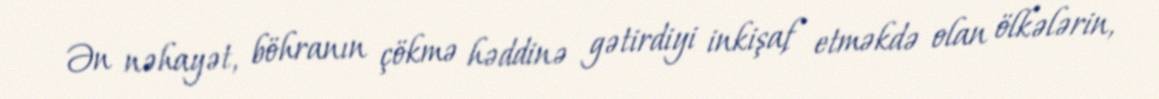
Ən nəhayət, böhranın çökmə həddinə gətirdiyi inkişaf etməkdə olan ölkələrin,